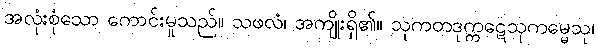
အလုံးစုံသော ကောင်းမှုသည်။ သဖလံ၊ အကျိုးရှိ၏။ သုကတဒုက္ကဋေသုကမ္မေသု၊